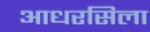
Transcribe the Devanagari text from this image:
आधरसिला